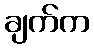
ချက်က